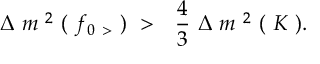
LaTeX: \Delta \ m ^ { \ 2 } \ ( \ f _ { 0 \ > } \ ) \ > \ \ \frac { 4 } { 3 } \ \Delta \ m ^ { \ 2 } \ ( \ K \ ) .